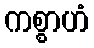
ကစ္စာဟံ